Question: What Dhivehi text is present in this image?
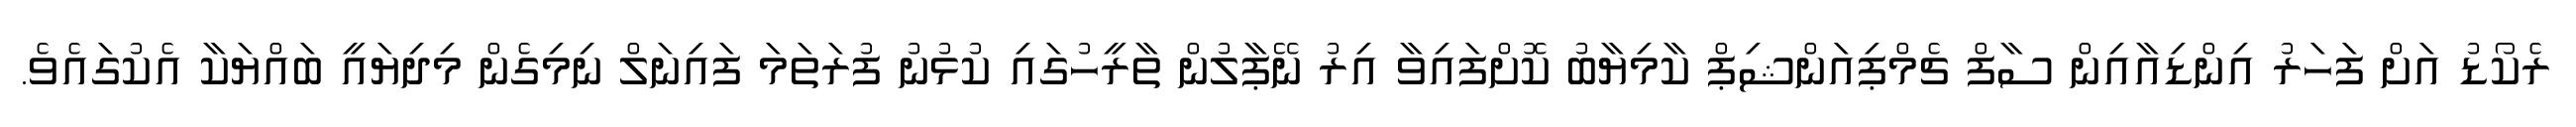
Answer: ރެކޯޑު އަށް ފަހަރު އިންޑިއާއިން ސާފް ޗެމްޕިއަންޝިޕް ކާމިޔާބު ކޮށްފައިވާ އިރު ނޭޕާލުން ތާރީހުގައި ކުޅުނު ފުރަތަމަ ފައިނަލް ނިމިގެން މިދިޔައީ ބައްޔަކާ އެކުގައެވެ.